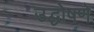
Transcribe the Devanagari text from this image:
उद्घोषणे